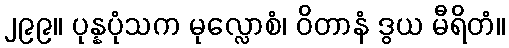
၂၉၉။ ပုန္နပုံသက မုလ္လောစံ၊ ဝိတာနံ ဒွယ မီရိတံ။